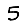
Digit: 5